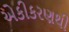
એકીકરણથી